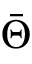
\bar { \Theta }